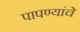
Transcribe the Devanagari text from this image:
पापण्यांचे